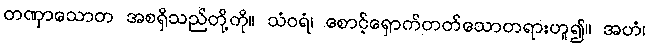
တဏှာသောတ အစရှိသည်တို့ကို။ သံဝရံ၊ စောင့်ရှောက်တတ်သောတရားဟူ၍။ အဟံ၊